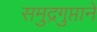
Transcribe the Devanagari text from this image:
समुद्रगुप्ताने